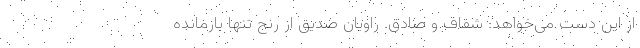
از این دست می‌خواهد: شفاف و صادق. راویانِ صدیق از رنج تنها بازمانده